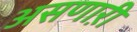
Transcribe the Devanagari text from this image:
असणाऱी